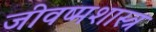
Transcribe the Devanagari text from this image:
जीवष्मशास्त्र